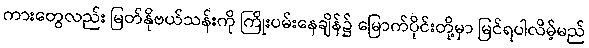
ကားတွေလည်း မြတ်နိုဗယ်သန်းကို ကြိုးပမ်းနေချိန်၌ မြောက်ပိုင်းတို့မှာ မြင်ရပါလိမ့်မည်